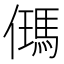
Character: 𪝰